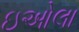
ઇઓલા